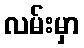
လမ်းမှာ